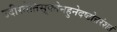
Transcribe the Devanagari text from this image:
उदीरतेतिसूक्तेनहुनेदष्टोत्तरंशतं